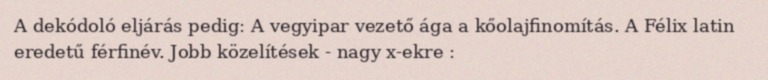
A dekódoló eljárás pedig: A vegyipar vezető ága a kőolajfinomítás. A Félix latin eredetű férfinév. Jobb közelítések - nagy x-ekre :